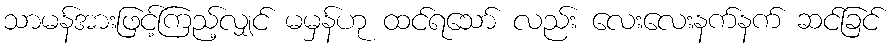
သာမန်အားဖြင့်ကြည့်လျှင် မမှန်ဟု ထင်ရသော် လည်း လေးလေးနက်နက် ဆင်ခြင်